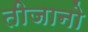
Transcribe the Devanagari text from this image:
तीजानो